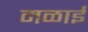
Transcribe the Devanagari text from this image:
मळाई